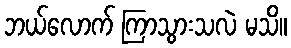
ဘယ်လောက် ကြာသွားသလဲ မသိ။